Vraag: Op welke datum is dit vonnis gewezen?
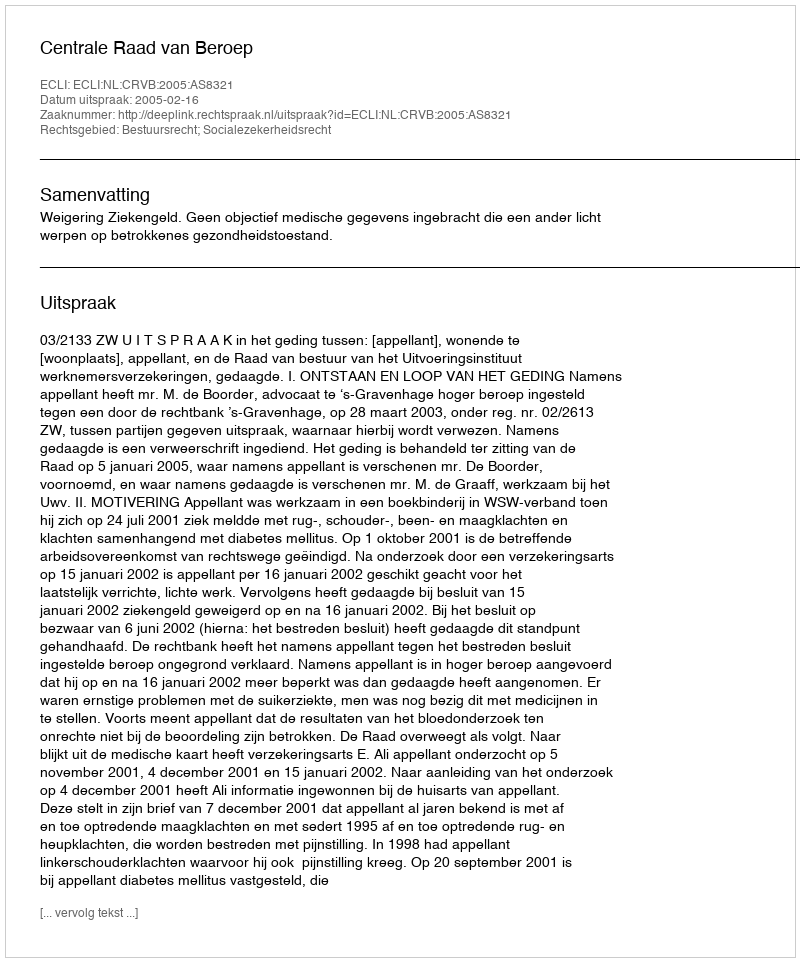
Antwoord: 2005-02-16